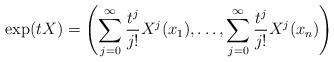
LaTeX: \begin{align*} {\rm exp} (t X) = \left({\sum_{j=0}^{\infty}\frac{t^{j}}{j!} X^{j}(x_{1}), \hdots, \sum_{j=0}^{\infty} \frac{t^{j}}{j!} X^{j}(x_{n})}\right)\end{align*}